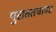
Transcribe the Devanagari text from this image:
पुरातत्त्वावर